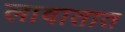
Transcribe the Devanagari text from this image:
लावातात